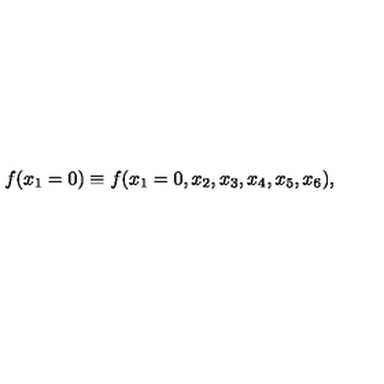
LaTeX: f ( x _ { 1 } = 0 ) \equiv f ( x _ { 1 } = 0 , x _ { 2 } , x _ { 3 } , x _ { 4 } , x _ { 5 } , x _ { 6 } ) ,